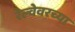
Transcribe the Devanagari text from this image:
रेल्वेवरच्या